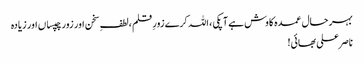
بہر حال عمدہ کاوش ہے آپکی ، اللہ کرے زورِ قلم ،لطفِ سخن اور زور چپساں اور زیادہ
ناصر علی بھائی!